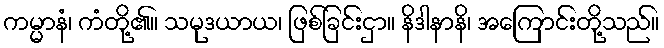
ကမ္မာနံ၊ ကံတို့၏။ သမုဒယာယ၊ ဖြစ်ခြင်းငှာ။ နိဒါနာနိ၊ အကြောင်းတို့သည်။